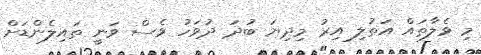
މި ވެލާތައް އަތުލި އިރު މިދިޔަ ބުދަ ދުވަހު ވެސް ވަނީ ތައިލެންޑަށް